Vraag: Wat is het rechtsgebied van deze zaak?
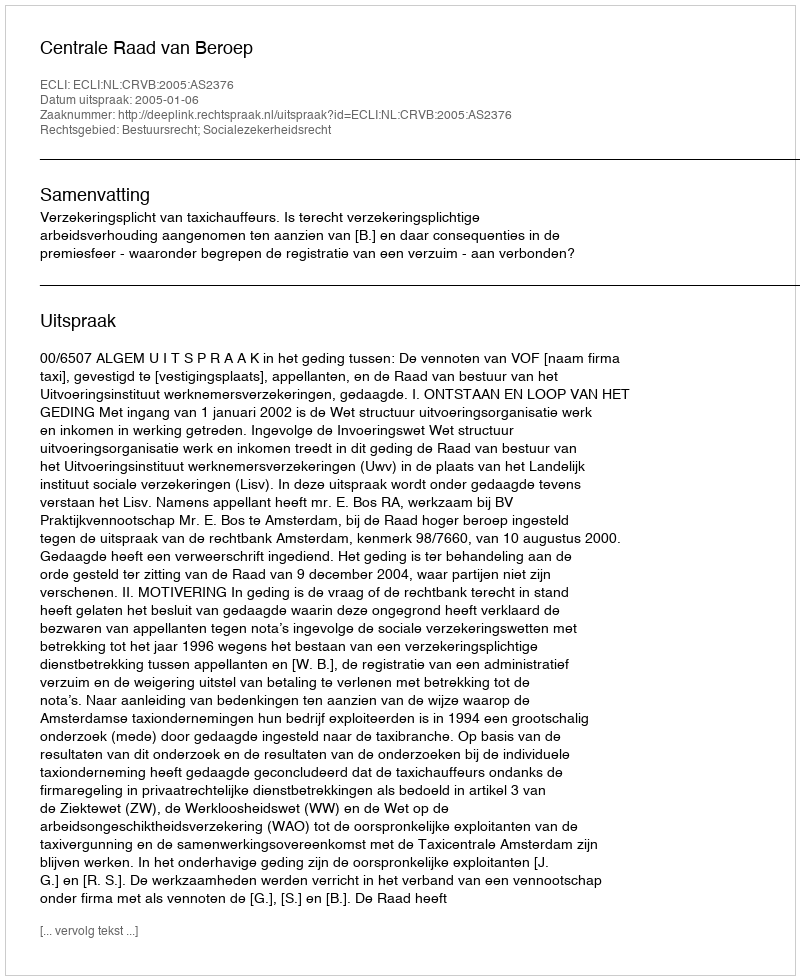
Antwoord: Bestuursrecht; Socialezekerheidsrecht